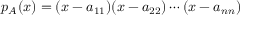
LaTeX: p _ { A } ( x ) = ( x - a _ { 1 1 } ) ( x - a _ { 2 2 } ) \cdots ( x - a _ { n n } )